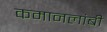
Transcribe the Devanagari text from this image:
कमानलांबी